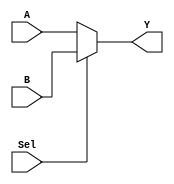
`timescale 1ns / 1ps
//////////////////////////////////////////////////////////////////////////////////
// Company: Sun Yat-sen University
//
// Design Name: Selector
// Module Name: Selector
// Project Name: MultipleCycleCPU
// Target Devices: Basys3
// Tool Versions: 2019.2
// Description: Selectors
//
// Dependencies: -
//
// Revision: -
// Revision 0.01 - File Created
// Additional Comments:
//
//////////////////////////////////////////////////////////////////////////////////

module Selector1In2#(
    parameter WIDTH = 5
)(
    input Sel,
    input [WIDTH-1:0] A,
    input [WIDTH-1:0] B,
    output [WIDTH-1:0] Y);

    assign Y = Sel ? B : A;
endmodule

module Selector1In3#(
    parameter WIDTH = 5
)(
    input [1:0] Sel,
    input [WIDTH-1:0] A,
    input [WIDTH-1:0] B,
    input [WIDTH-1:0] C,
    output reg [WIDTH-1:0] Y);

    always @(Sel or A or B or C) begin
        case (Sel)
            2'b00: Y <= A;
            2'b01: Y <= B;
            2'b10: Y <= C;
            default: Y <= 0;
        endcase
    end
    
endmodule